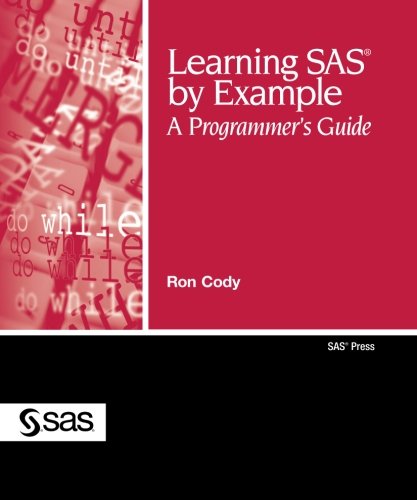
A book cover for Learning SAS by Example: A Programmer's Guide; Ron Cody; Computers & Technology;